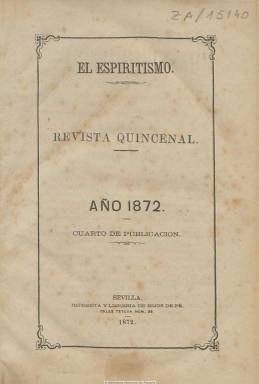
Título: El Espiritismo (Sevilla)
Colección: Espiritismo
Ámbito geográfico: Sevilla
Lugar de publicación: Sevilla
Fechas: 01/01/1872-15/12/1877

El segundo periódico espiritista que nace en España –tras El criterio espiritista (Madrid: 1868-1878) lo hace en Sevilla, donde había sido creada la Sociedad Espiritista Sevillana. Será fundado y dirigido por el oficial de telégrafos y exmiembro del Centro Espiritista de Andujar Francisco Martí Bonneval, a partir del uno de marzo de 1869. Tras la muerte de su propietario, en torno a 1876, su viuda e hijos deciden seguir publicándolo, ahora bajo la dirección de Juan Bautista Cano, que había sido también su administrador, hasta que el 28 de agosto de 1878 la autoridad gubernativa decide su suspensión, tal como señala Chaves Rey (1896). Previamente, ya había sido suspendido temporalmente durante cuatro meses desde el 15 de julio de 1875.

Es considerado uno de los mejores escritos de entre los de su género (según Méndez Bejarano), y apareció los días uno y quince de cada mes, al principio en entregas de doce páginas, después, de dieciséis y, más tarde, de 32 páginas. Entre sus redactores y colaboradores se encuentran Rafael Carrillo, Enrique Manera, Manuel González Soriano, Baldomero Villegas, Juan Marín y Contreras, José de Torres Reina y el propio Martí.

Contiene especialmente artículos doctrinales y de divulgación de la filosofía funda por el francés Allan Kardec (1804-1869), que se había difundido previamente por España, principalmente por Andalucía. También publica disertaciones espiritistas y correspondencia, réplicas y polémicas, así como textos ‘medianímicos’ en verso.

La colección de la Biblioteca Nacional de España contiene los años 1872 y 1875-1877, con un resumen de sumarios en el último número de cada año.